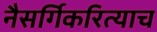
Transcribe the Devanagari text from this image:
नैसर्गिकरित्याच